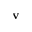
{ \mathbf v }